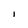
Character: I